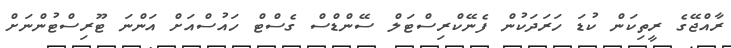
ރާއްޖޭގެ ރީތިކަން ކުޑަ ހަރަދަކުން ފެނޭކްރިސްޓަލް ސޭންޑްސް ގެސްޓް ހައުސްއަށް އަންނަ ޓޫރިސްޓުންނަށް